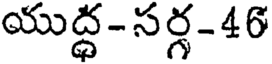
యుద్ధ-సర్గ-46